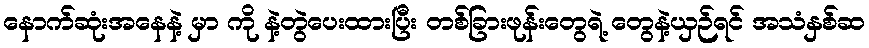
နောက်ဆုံးအနေနဲ့ မှာ ကို နဲ့တွဲပေးထားပြီး တစ်ခြားဖုန်းတွေရဲ့ တွေနဲ့ယှဉ်ရင် အသံနှစ်ဆ